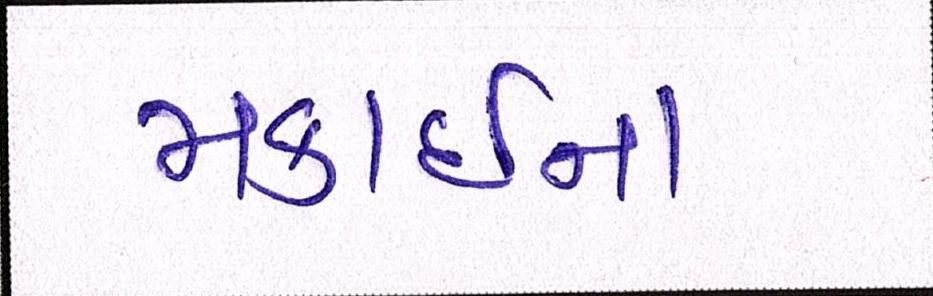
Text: મકાઈના